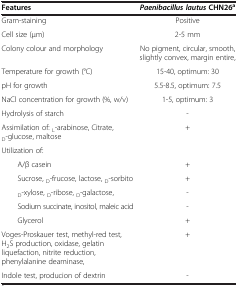
<table><thead><tr><td><b>Features</b></td><td><b><i>Paenibacillus lautus </i>CHN26<sup>a</sup></b></td></tr></thead><tbody><tr><td>Gram-staining</td><td>Positive</td></tr><tr><td>Cell size (μm)</td><td>2-5 mm</td></tr><tr><td>Colony colour and morphology</td><td>No pigment, circular, smooth, slightly convex, margin entire,</td></tr><tr><td>Temperature for growth (°C)</td><td>15-40, optimum: 30</td></tr><tr><td>pH for growth</td><td>5.5-8.5, optimum: 7.5</td></tr><tr><td>NaCl concentration for growth (%, w/v)</td><td>1-5, optimum: 3</td></tr><tr><td>Hydrolysis of starch</td><td>-</td></tr><tr><td>Assimilation of: <sub>L</sub>-arabinose, Citrate, <sub>D</sub>-glucose, maltose</td><td>+</td></tr><tr><td>Utilization of:</td><td> </td></tr><tr><td>Α/β casein</td><td>+</td></tr><tr><td>Sucrose, <sub>D</sub>-frucose, lactose, <sub>D</sub>-sorbito</td><td>+</td></tr><tr><td><sub>D</sub>-xylose, <sub>D</sub>-ribose, <sub>D</sub>-galactose,</td><td>-</td></tr><tr><td>Sodium succinate, inositol, maleic acid</td><td>-</td></tr><tr><td>Glycerol</td><td>+</td></tr><tr><td>Voges-Proskauer test, methyl-red test, H<sub>2</sub>S production, oxidase, gelatin liquefaction, nitrite reduction, phenylalanine deaminase,</td><td>+</td></tr><tr><td>Indole test, producion of dextrin</td><td>-</td></tr></tbody></table>